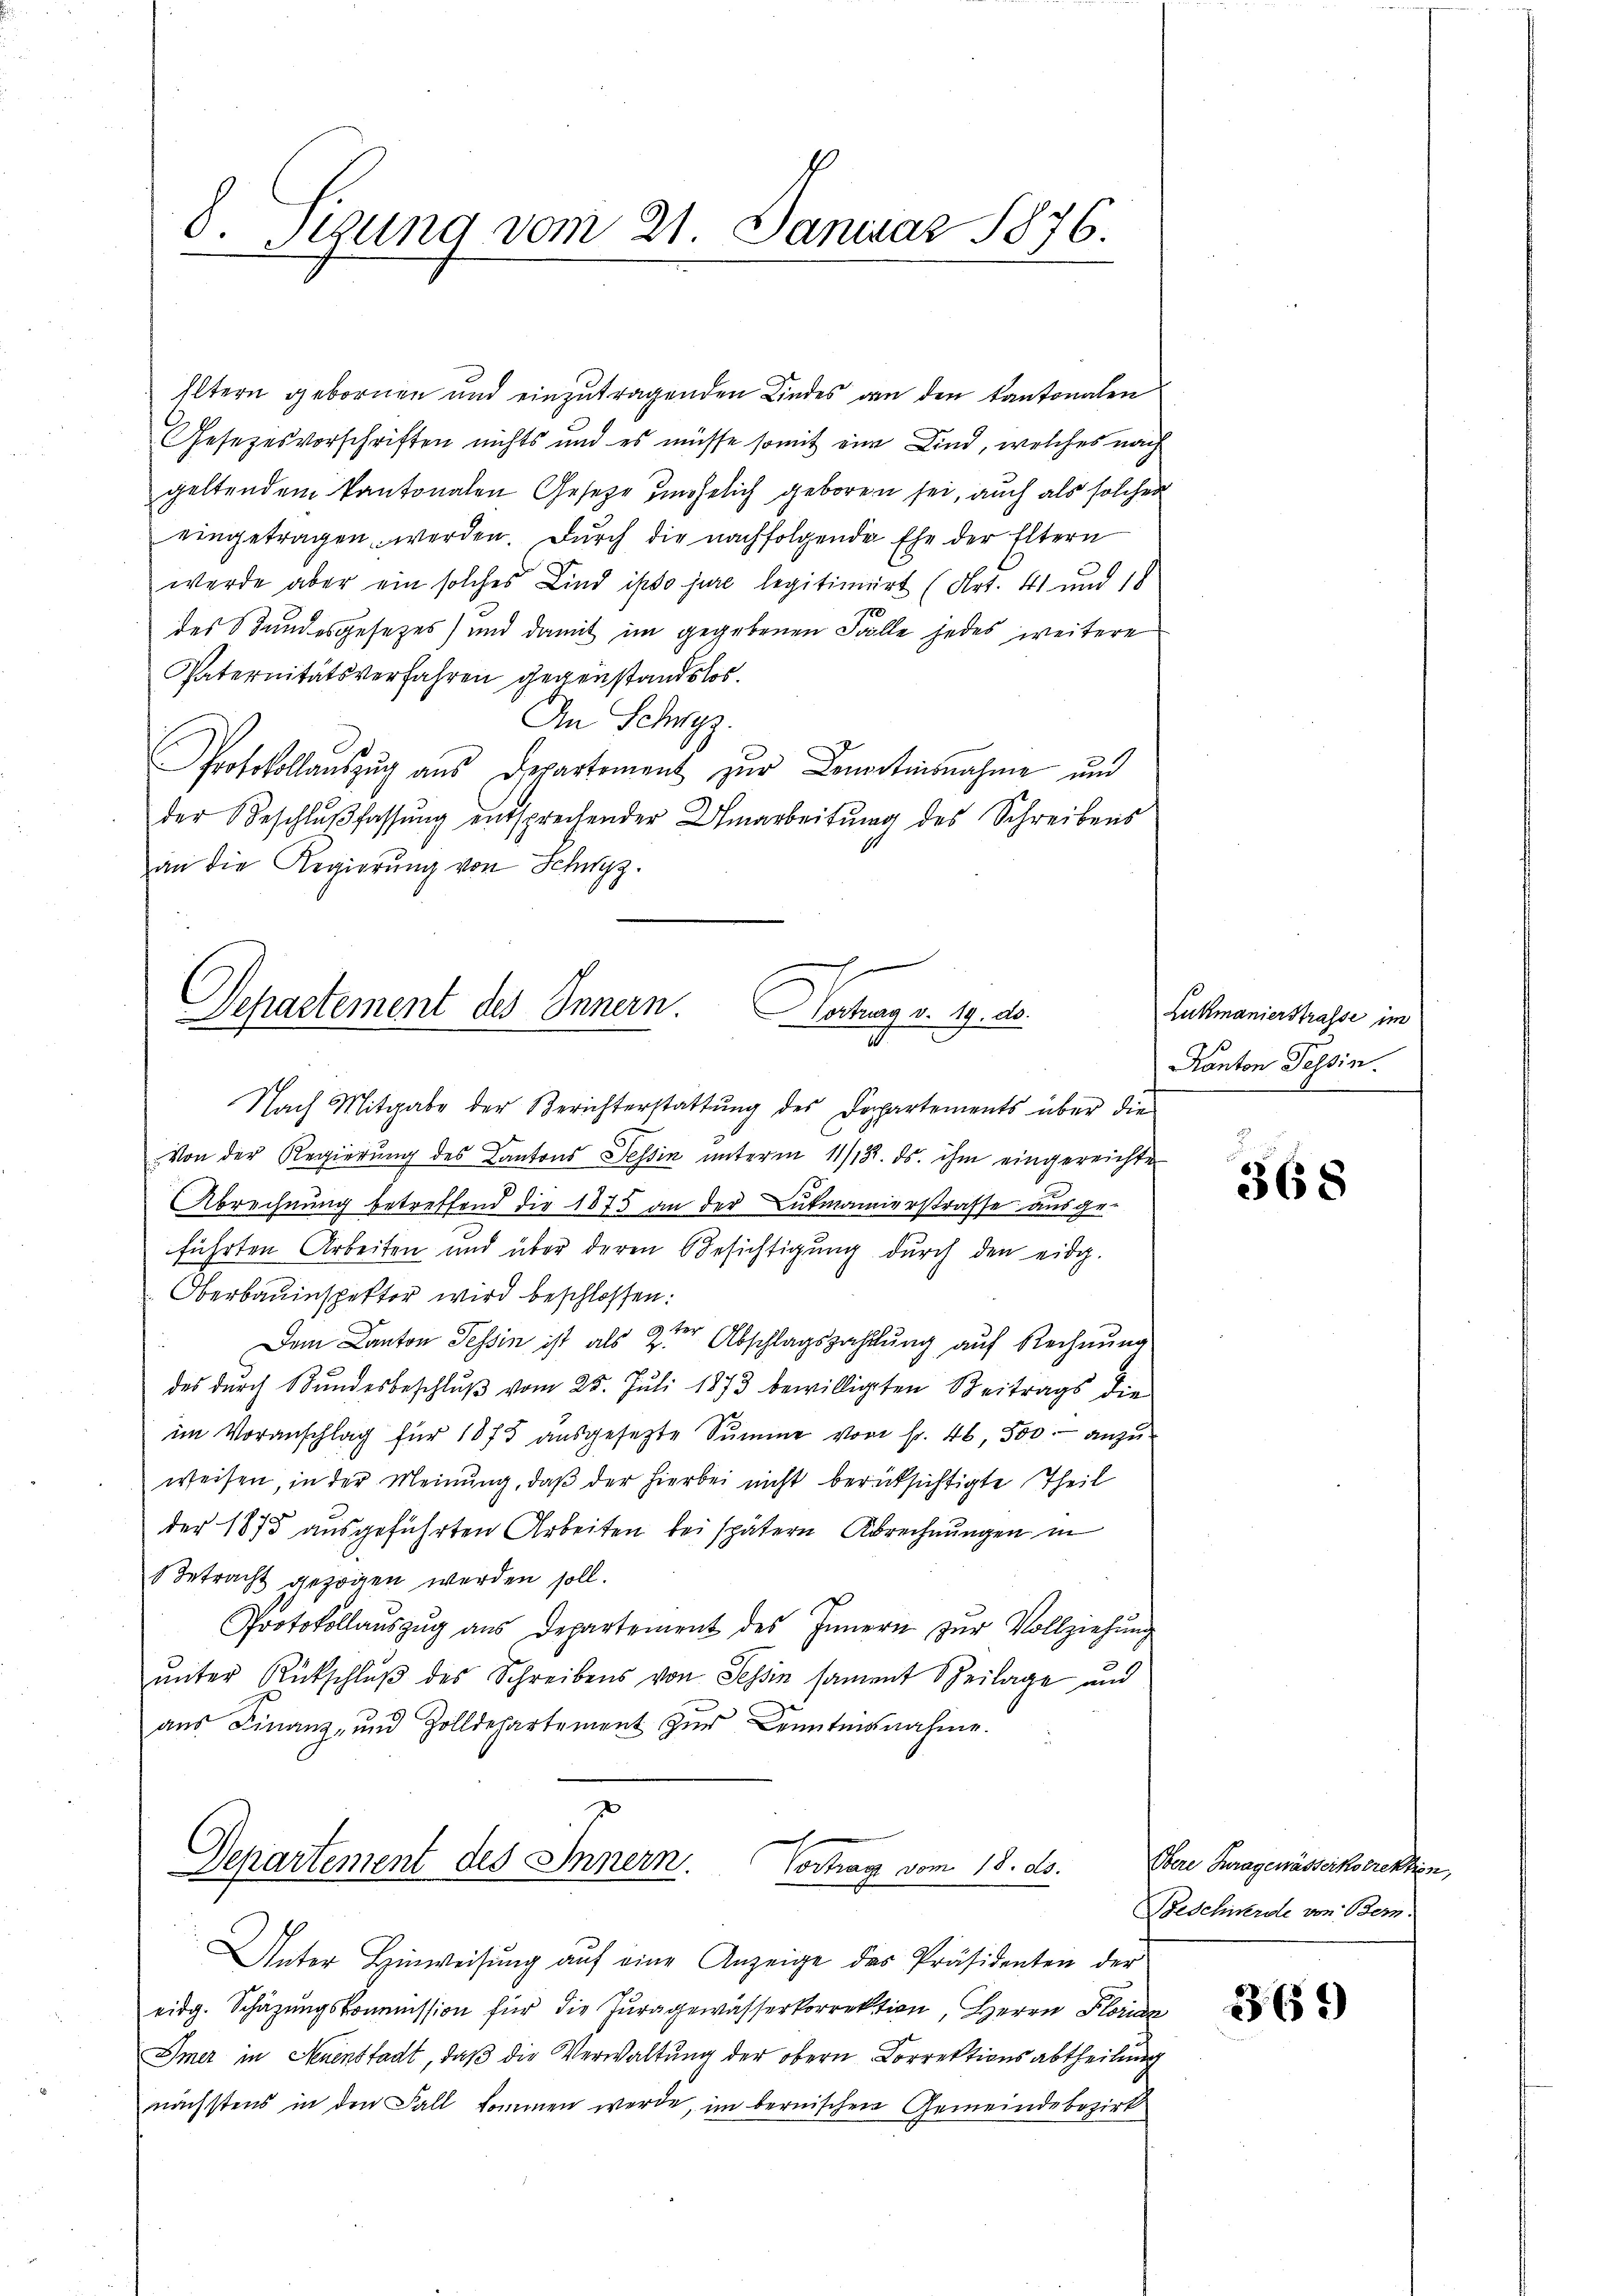
8. Sizung vom 21. Januar 1876.

Eltern gebornen und einzutragenden Kindes an den Kantonalen
Gesezesvorschriften nichts und es müsse somit eine Kind, welches nach
geltendem Kantonalen Geseze unehelich geboren sei, auch als solcher
eingetragen werden. Durch die nachfolgende Ehe der Eltern
werde aber ein solches Kind ipso jure legitimiert (Art. 41 und 18
17
des Bundesgesezes) und damit im gegebenen Falle jedes weitere
Paternitätsverfahren gegenstandslos.
An Schwyz.
Protokollauszug aus Departement zur Lenartinsnahme und
der Beschlŭβ fassung entsprechender Umarbeitŭng des Schreibens
an die Regierung von Schwyz.

Departement des Innern. Hortung v. 19. ds.

Departement des Innern.
Vortrag vom 18. ds.

Nach Mitgabe der Berichterstattung des Departements über die
Von der Regierung des Kantons Tessin unterm 11/18. ds. ihm eingereichter
Abrechnung betreffend die 1875 an der Lukmannerstrasse ausge-
führten Arbeiten und über deren Besichtigung durch den eidg.
Oberbauinspektor wird beschlossen:
Dem Canton Tessin ist als 2ter Abschlagszahlung auf Rechnung
des dŭrch Bŭndesbeschlŭβ vom 25. Jŭli 1873 bewilligten Beitrags die
im Voranschlag für 1875 aŭsgesezte Summe von Fr. 46, 500.- anzuweisen, in der Meinung, daß der hierbei nicht berücksichtigte Theil
der 1873 ausgeführten Arbeiten bei spätern Abrechnungen in
Betracht gezogen werden soll.
f
Protokollaŭszŭg aŭs Departement des Innern zŭr Vollziehŭng
ŭnter Rückschlŭβ des Schreibens von Tessin sament Beilage und
aŭs Finanz- und Zolldepartement zŭr Benutmanahme.

Unter Hinweisŭng aŭf eine Anzeige des Präsidenten der
eidg. Schäzŭngskommission für die Juragewässerkorrektion, Herrn Florian
Imer in Neuenstadt, daß die Verwaltung der obern Correktionsabtheilung
nächstens in den Fall kommen werde, im bernischen Gemeindebezirk

Lukmanierstrasse im
Kanton Tessin.

368

Obere Fragenässerkorrekten,
Beschierde von Bern.

361)